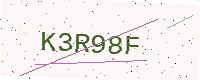
Text: K3R98F